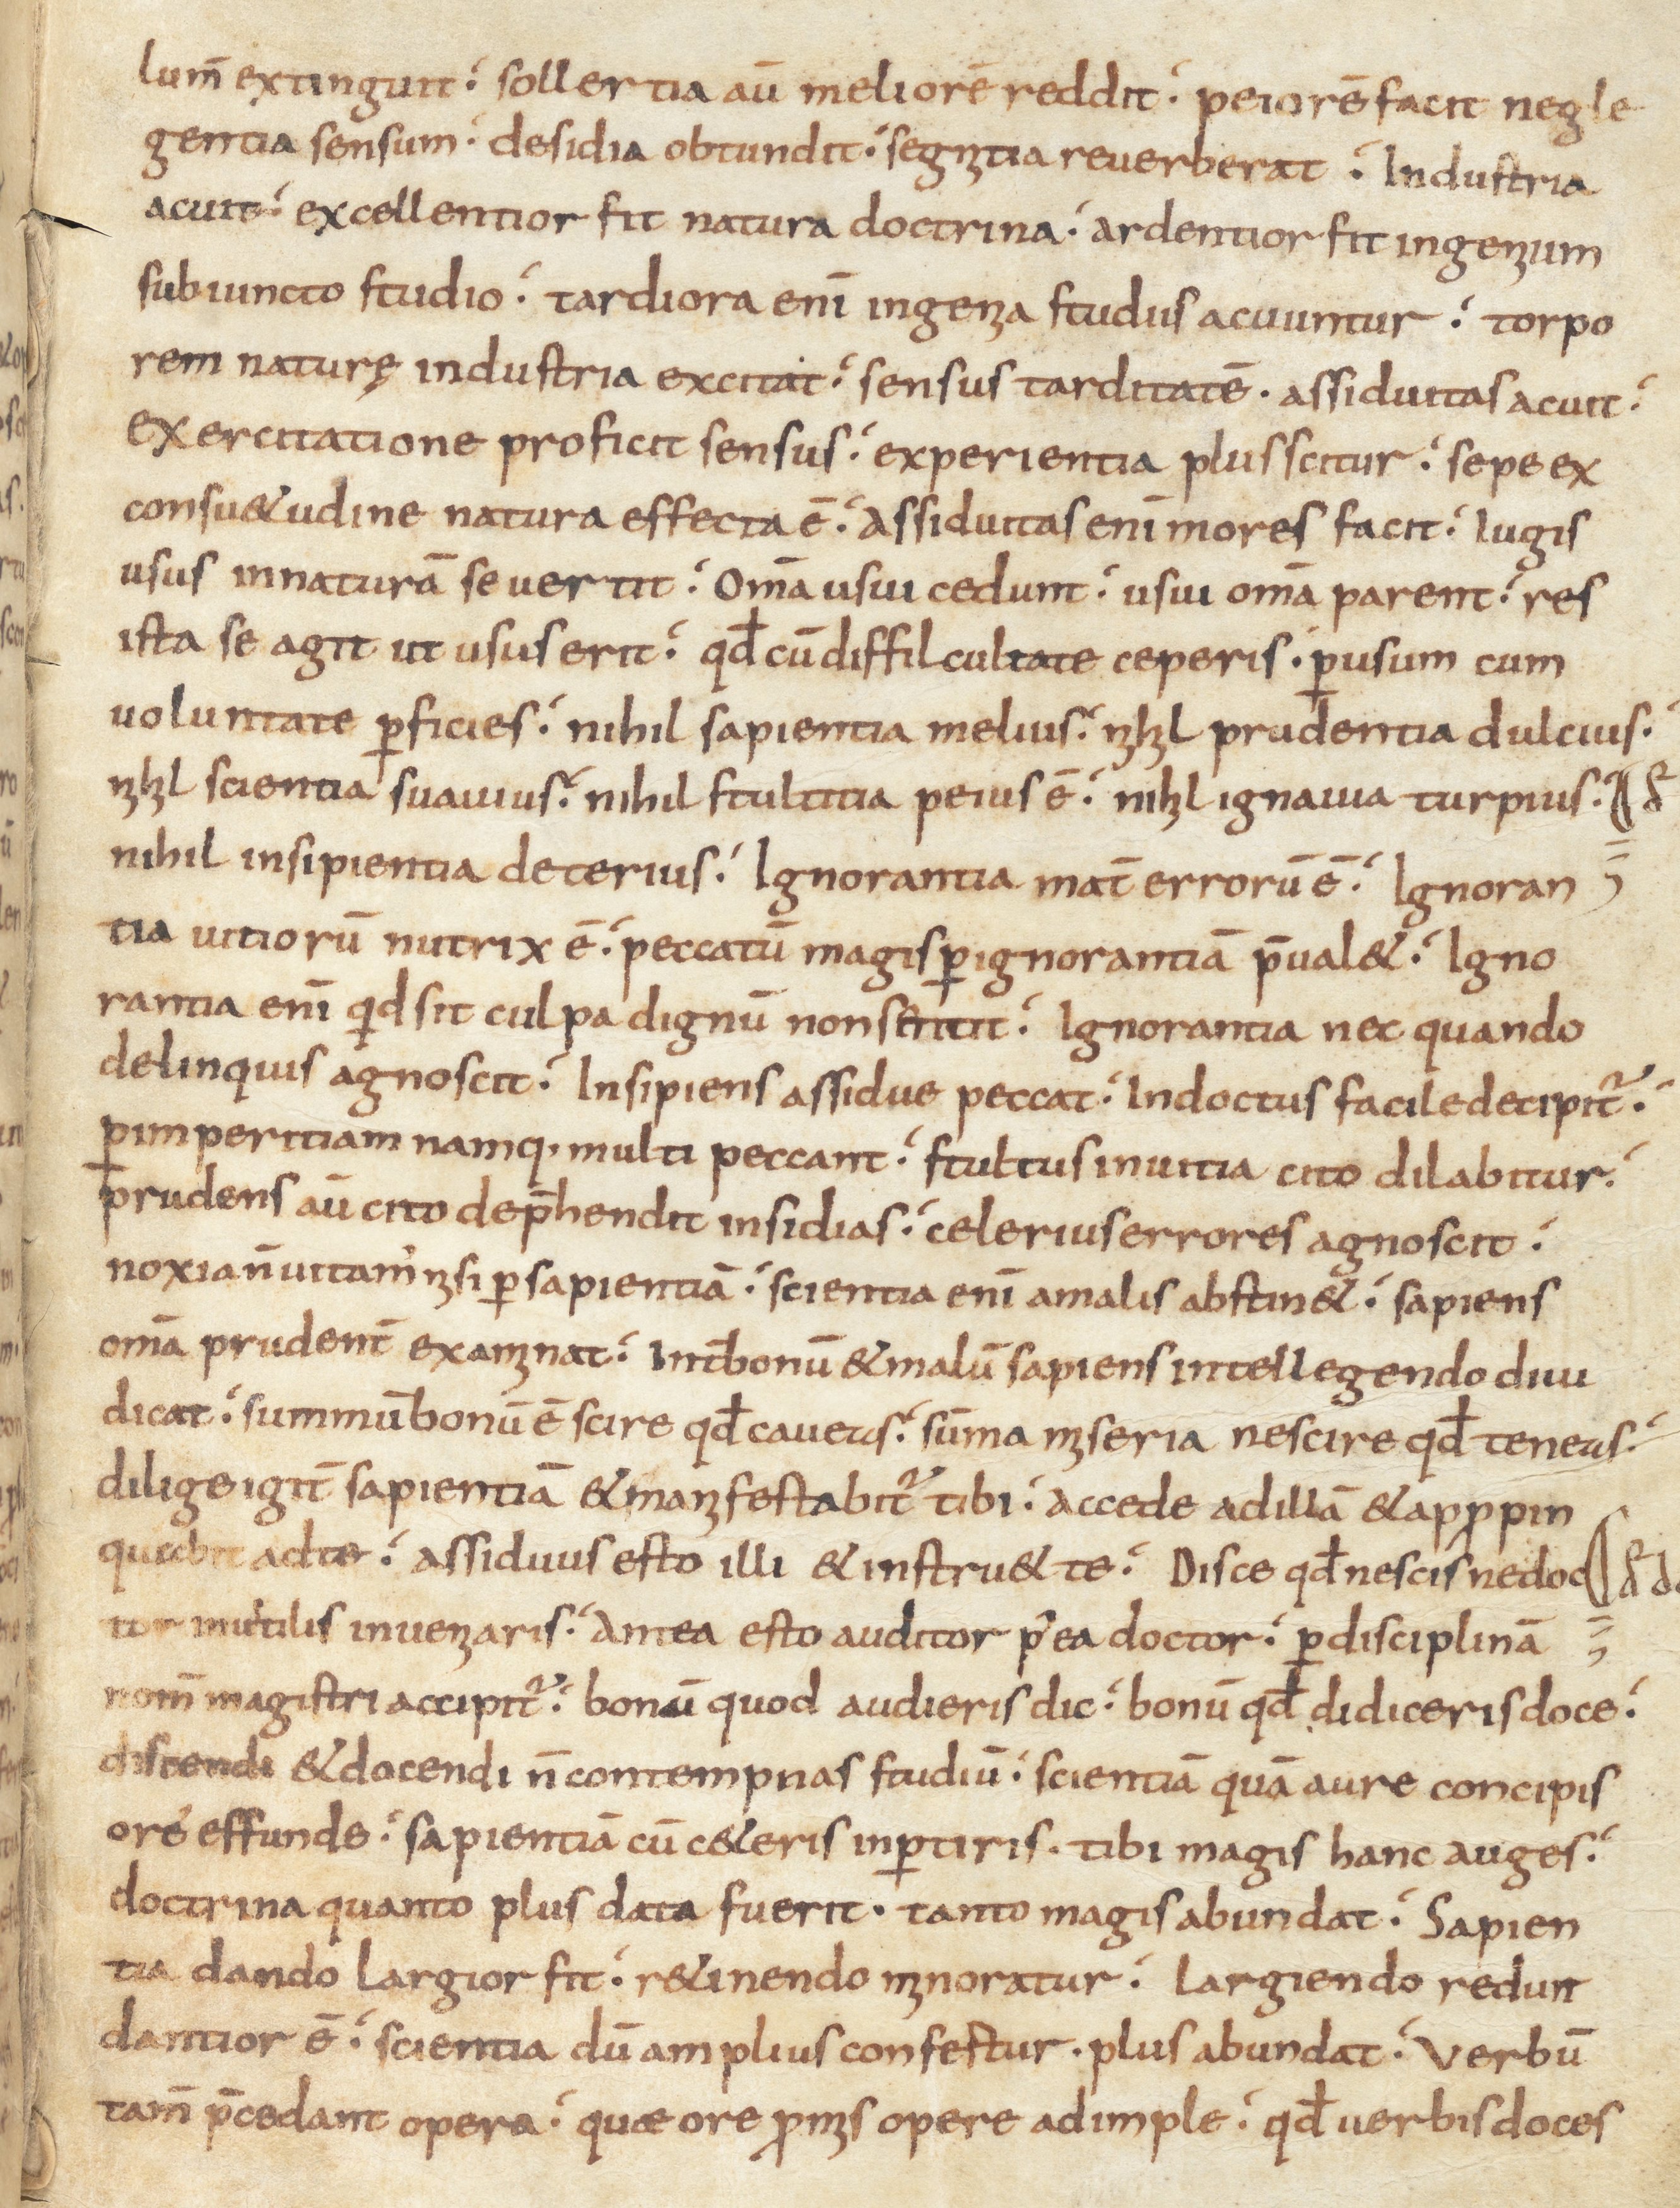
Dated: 800–899